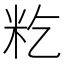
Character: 籺